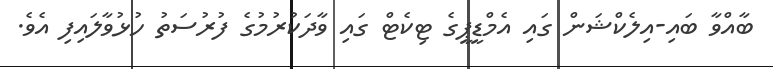
ބާއްވާ ބައި-އިލެކްޝަން ގައި އެމްޑީޕީގެ ޓިކެޓް ގައި ވާދަކުރުމުގެ ފުރުސަތު ހުޅުވާލައިފި އެވެ.